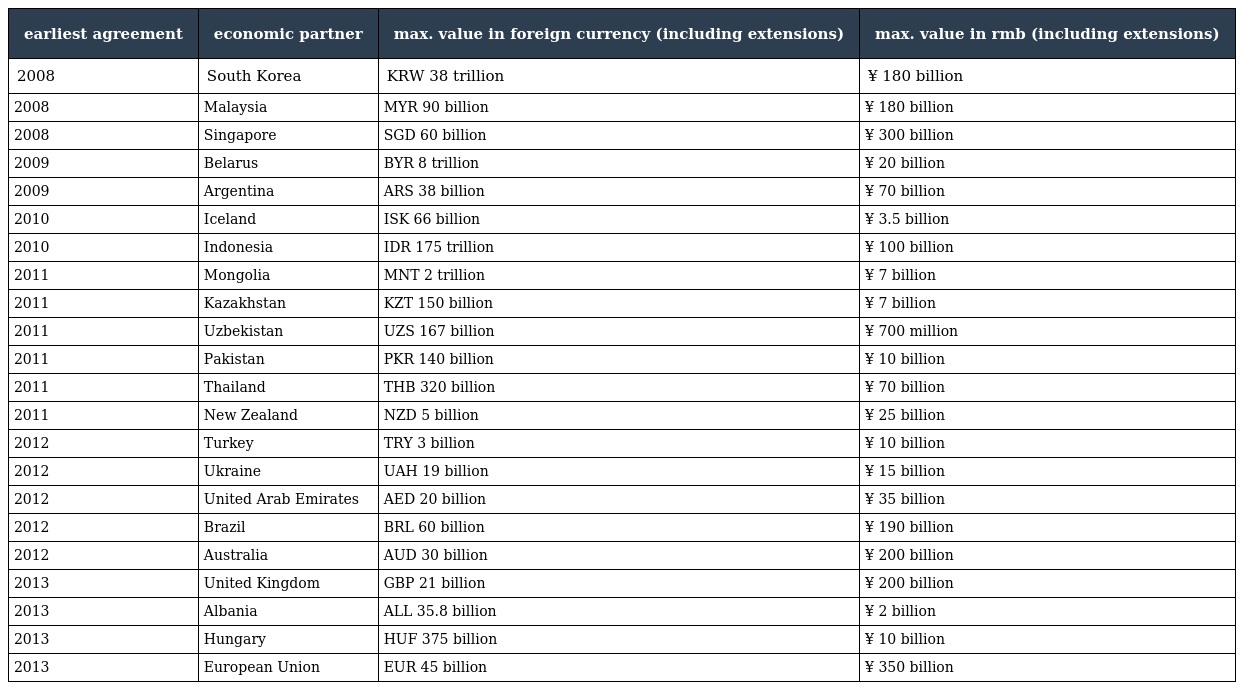
| earliest agreement | economic partner | max. value in foreign currency (including extensions) | max. value in rmb (including extensions) |
 | --- | --- | --- | --- |
 | 2008 | South Korea | KRW 38 trillion | ¥ 180 billion |
 | 2008 | Malaysia | MYR 90 billion | ¥ 180 billion |
 | 2008 | Singapore | SGD 60 billion | ¥ 300 billion |
 | 2009 | Belarus | BYR 8 trillion | ¥ 20 billion |
 | 2009 | Argentina | ARS 38 billion | ¥ 70 billion |
 | 2010 | Iceland | ISK 66 billion | ¥ 3.5 billion |
 | 2010 | Indonesia | IDR 175 trillion | ¥ 100 billion |
 | 2011 | Mongolia | MNT 2 trillion | ¥ 7 billion |
 | 2011 | Kazakhstan | KZT 150 billion | ¥ 7 billion |
 | 2011 | Uzbekistan | UZS 167 billion | ¥ 700 million |
 | 2011 | Pakistan | PKR 140 billion | ¥ 10 billion |
 | 2011 | Thailand | THB 320 billion | ¥ 70 billion |
 | 2011 | New Zealand | NZD 5 billion | ¥ 25 billion |
 | 2012 | Turkey | TRY 3 billion | ¥ 10 billion |
 | 2012 | Ukraine | UAH 19 billion | ¥ 15 billion |
 | 2012 | United Arab Emirates | AED 20 billion | ¥ 35 billion |
 | 2012 | Brazil | BRL 60 billion | ¥ 190 billion |
 | 2012 | Australia | AUD 30 billion | ¥ 200 billion |
 | 2013 | United Kingdom | GBP 21 billion | ¥ 200 billion |
 | 2013 | Albania | ALL 35.8 billion | ¥ 2 billion |
 | 2013 | Hungary | HUF 375 billion | ¥ 10 billion |
 | 2013 | European Union | EUR 45 billion | ¥ 350 billion |